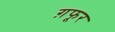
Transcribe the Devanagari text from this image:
ग़फूर